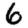
Digit: 6